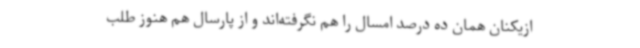
ازیکنان همان ده درصد امسال را هم نگرفته‌اند و از پارسال هم هنوز طلب